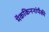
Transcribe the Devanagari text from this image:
मॅककिननांपैकी